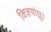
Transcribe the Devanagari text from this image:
क्ज़ियांग्नू।